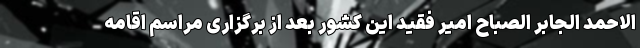
الاحمد الجابر الصباح امیر فقید این کشور بعد از برگزاری مراسم اقامه